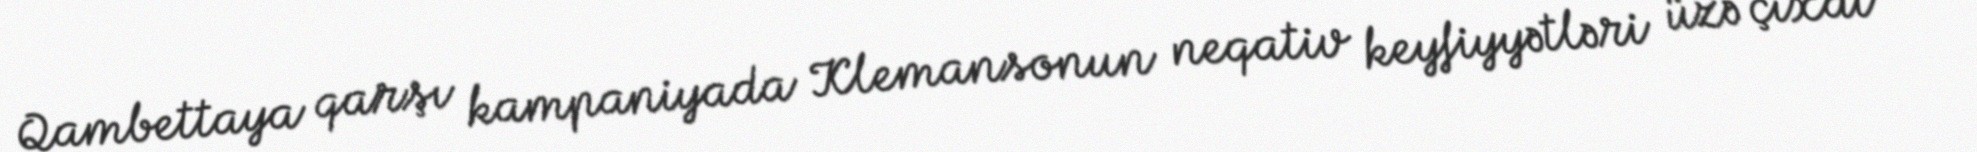
Qambettaya qarşı kampaniyada Klemansonun neqativ keyfiyyətləri üzə çıxdı –